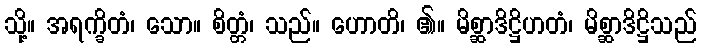
သို့။ အရက္ခိတံ၊ သော။ စိတ္တံ၊ သည်။ ဟောတိ၊ ၏။ မိစ္ဆာဒိဋ္ဌိဟတံ၊ မိစ္ဆာဒိဋ္ဌိသည်